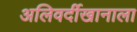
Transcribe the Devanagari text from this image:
अलिवर्दीखानाला